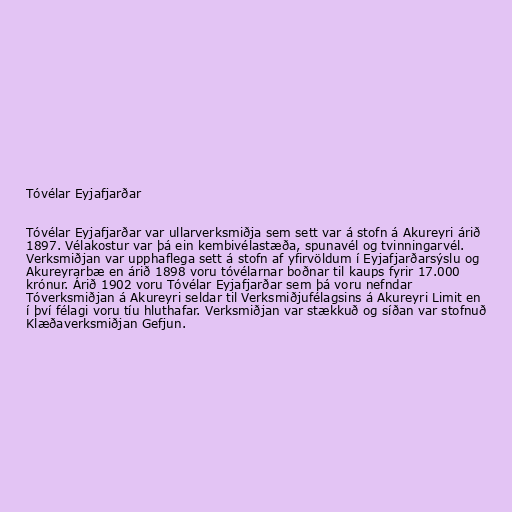
Tóvélar Eyjafjarðar

Tóvélar Eyjafjarðar var ullarverksmiðja sem sett var á stofn á Akureyri árið
1897. Vélakostur var þá ein kembivélastæða, spunavél og tvinningarvél.
Verksmiðjan var upphaflega sett á stofn af yfirvöldum í Eyjafjarðarsýslu og
Akureyrarbæ en árið 1898 voru tóvélarnar boðnar til kaups fyrir 17.000
krónur. Árið 1902 voru Tóvélar Eyjafjarðar sem þá voru nefndar
Tóverksmiðjan á Akureyri seldar til Verksmiðjufélagsins á Akureyri Limit en
í því félagi voru tíu hluthafar. Verksmiðjan var stækkuð og síðan var stofnuð
Klæðaverksmiðjan Gefjun.